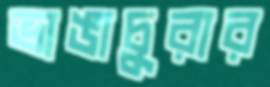
ভাঙাচুরার